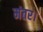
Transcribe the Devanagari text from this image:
मंतर।